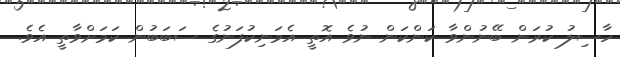
ހާސިލު ކުރަން ބޭނުންވާ ކަންކަން ނުވެ އޮތީ އެމަނިކުފަނުގެ ސަބަބުން ކަމަށްވާތީ އެވެ.